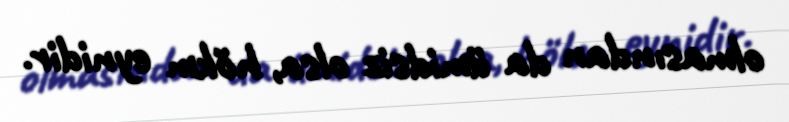
olmasından da ümidsiz olsa, hökm eynidir.